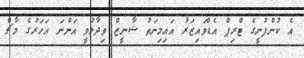
އެ ކުންފުނީގެ ޓްރިޕް އެޑްވައިޒަރު އައިމިނަތު ޝާނީޒް ވިދާޅުވީ އަންނަ އަހަރުގެ މާޗް